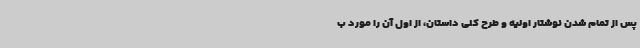
پس از تمام شدن نوشتار اولیه و طرح کلی داستان، از اول آن را مورد ب